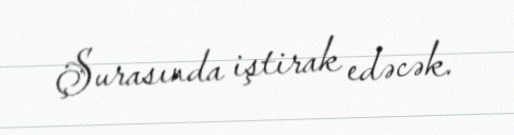
Şurasında iştirak edəcək.